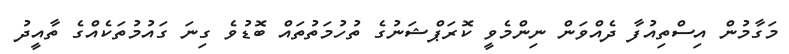
މަގާމުން އިސްތިއުފާ ދެއްވަން ނިންމެވީ ކޮރަޕްޝަނުގެ ތުހުމަތުތައް ބޮޑުވެ ގިނަ ގައުމުތަކެއްގެ ތާއީދު